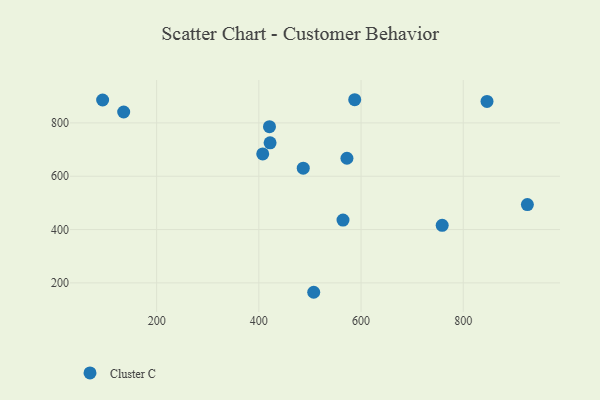
{"axis": {"x": "Speed", "y": "Profit"}, "legend": ["Cluster C"], "data": [{"x": "572.4", "y": 667.5, "type": "Cluster C"}, {"x": "758.8", "y": 416.0, "type": "Cluster C"}, {"x": "407.6", "y": 683.7, "type": "Cluster C"}, {"x": "420.8", "y": 786.0, "type": "Cluster C"}, {"x": "846.5", "y": 880.6, "type": "Cluster C"}, {"x": "486.9", "y": 630.3, "type": "Cluster C"}, {"x": "587.6", "y": 887.0, "type": "Cluster C"}, {"x": "507.4", "y": 164.8, "type": "Cluster C"}, {"x": "564.7", "y": 435.5, "type": "Cluster C"}, {"x": "925.5", "y": 493.8, "type": "Cluster C"}, {"x": "94.3", "y": 885.9, "type": "Cluster C"}, {"x": "135.5", "y": 840.9, "type": "Cluster C"}, {"x": "422.0", "y": 725.4, "type": "Cluster C"}]}